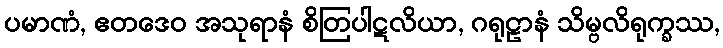
ပမာဏံ, ဧတဒေဝ အသုရာနံ စိတြပါဋလိယာ, ဂရုဠာနံ သိမ္ဗလိရုက္ခဿ,